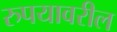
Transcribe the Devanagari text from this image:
रुपयावरील